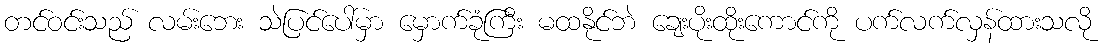
တင်ဝင်းသည် လမ်းဘေး သဲပြင်ပေါ်မှာ မှောက်ခုံကြီး မထနိုင်ဘဲ ချေးပိုးထိုးကောင်ကို ပက်လက်လှန်ထားသလို